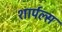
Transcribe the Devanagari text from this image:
शार्पल्स